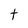
Character: t